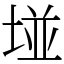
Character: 𡌶